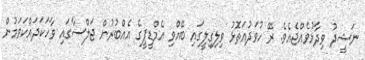
ނަޝީދު ވިދާޅުވެއްޖެއެވެ. ރޭ ހުވަދުއަތޮޅު ވިލިގިލީގައި ބޭއްވި އެމްޑީޕީގެ އެއްބުރުން ޖަލްސާގައި ވާހަކަދައްކަވަމުން